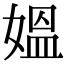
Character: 媼